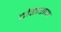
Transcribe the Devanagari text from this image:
टोडाराम